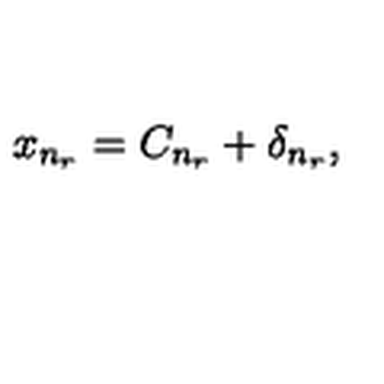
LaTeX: x _ { n _ { r } } = C _ { n _ { r } } + \delta _ { n _ { r } } ,